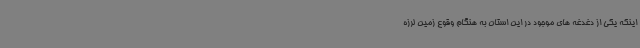
اینکه یکی از دغدغه های موجود در این استان به هنگام وقوع زمین لرزه